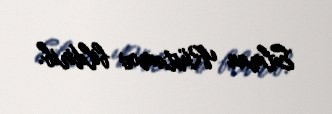
Elman Rüstəmov bildirib.